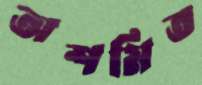
অশমিত